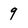
Character: 9